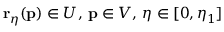
\mathbf { r } _ { \eta } ( \mathbf { p } ) \in U , \, \mathbf { p } \in V , \, \eta \in [ 0 , \eta _ { 1 } ]